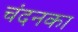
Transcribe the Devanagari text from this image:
चंदनका